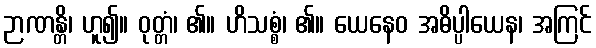
ဉာဏန္တိ၊ ဟူ၍။ ဝုတ္တံ၊ ၏။ ဟိသစ္စံ၊ ၏။ ယေနေဝ အဓိပ္ပါယေန၊ အကြင်